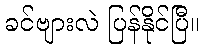
ခင်ဗျားလဲ ပြန်နိုင်ပြီ။